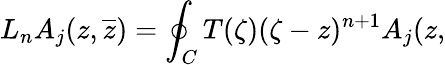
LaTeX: L_{n}A_{j}(z,\overline{{{z}}})=\oint_{C}T(\zeta)(\zeta-z)^{n+1}A_{j}(z,